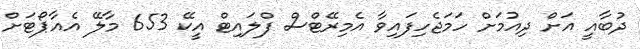
ދުބާއީ އަށް ދިއުމަށް ހަމަޖެހިފައިވާ އެމިރޭޓްސް ފްލައިޓް އީކޭ 653 މާލޭ އެއާޕޯޓަށް